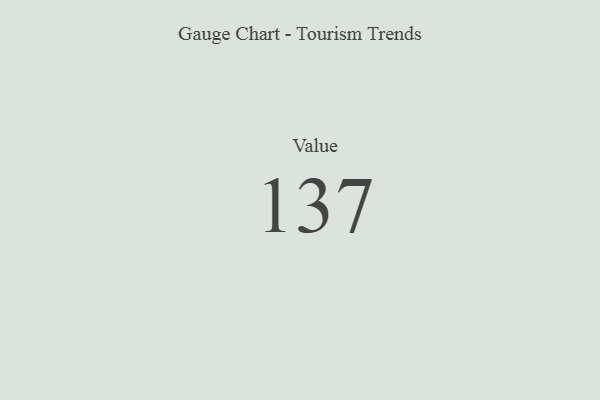
{"axis": {"x": "Metric", "y": "Value"}, "legend": [""], "data": [{"x": "Value", "y": 137, "type": ""}]}